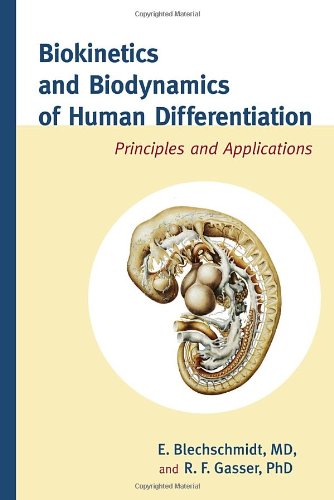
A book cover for Biokinetics and Biodynamics of Human Differentiation: Principles and Applications; E. Blechschmidt M.D.; Medical Books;